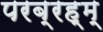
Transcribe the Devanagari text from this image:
परब्रह्म्